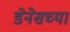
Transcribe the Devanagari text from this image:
डेनेसच्या